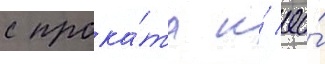
с прока́та и́ ео́